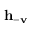
\mathbf { h } _ { - \mathbf { v } }